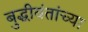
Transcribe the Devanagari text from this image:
बुद्धीवंतांच्या